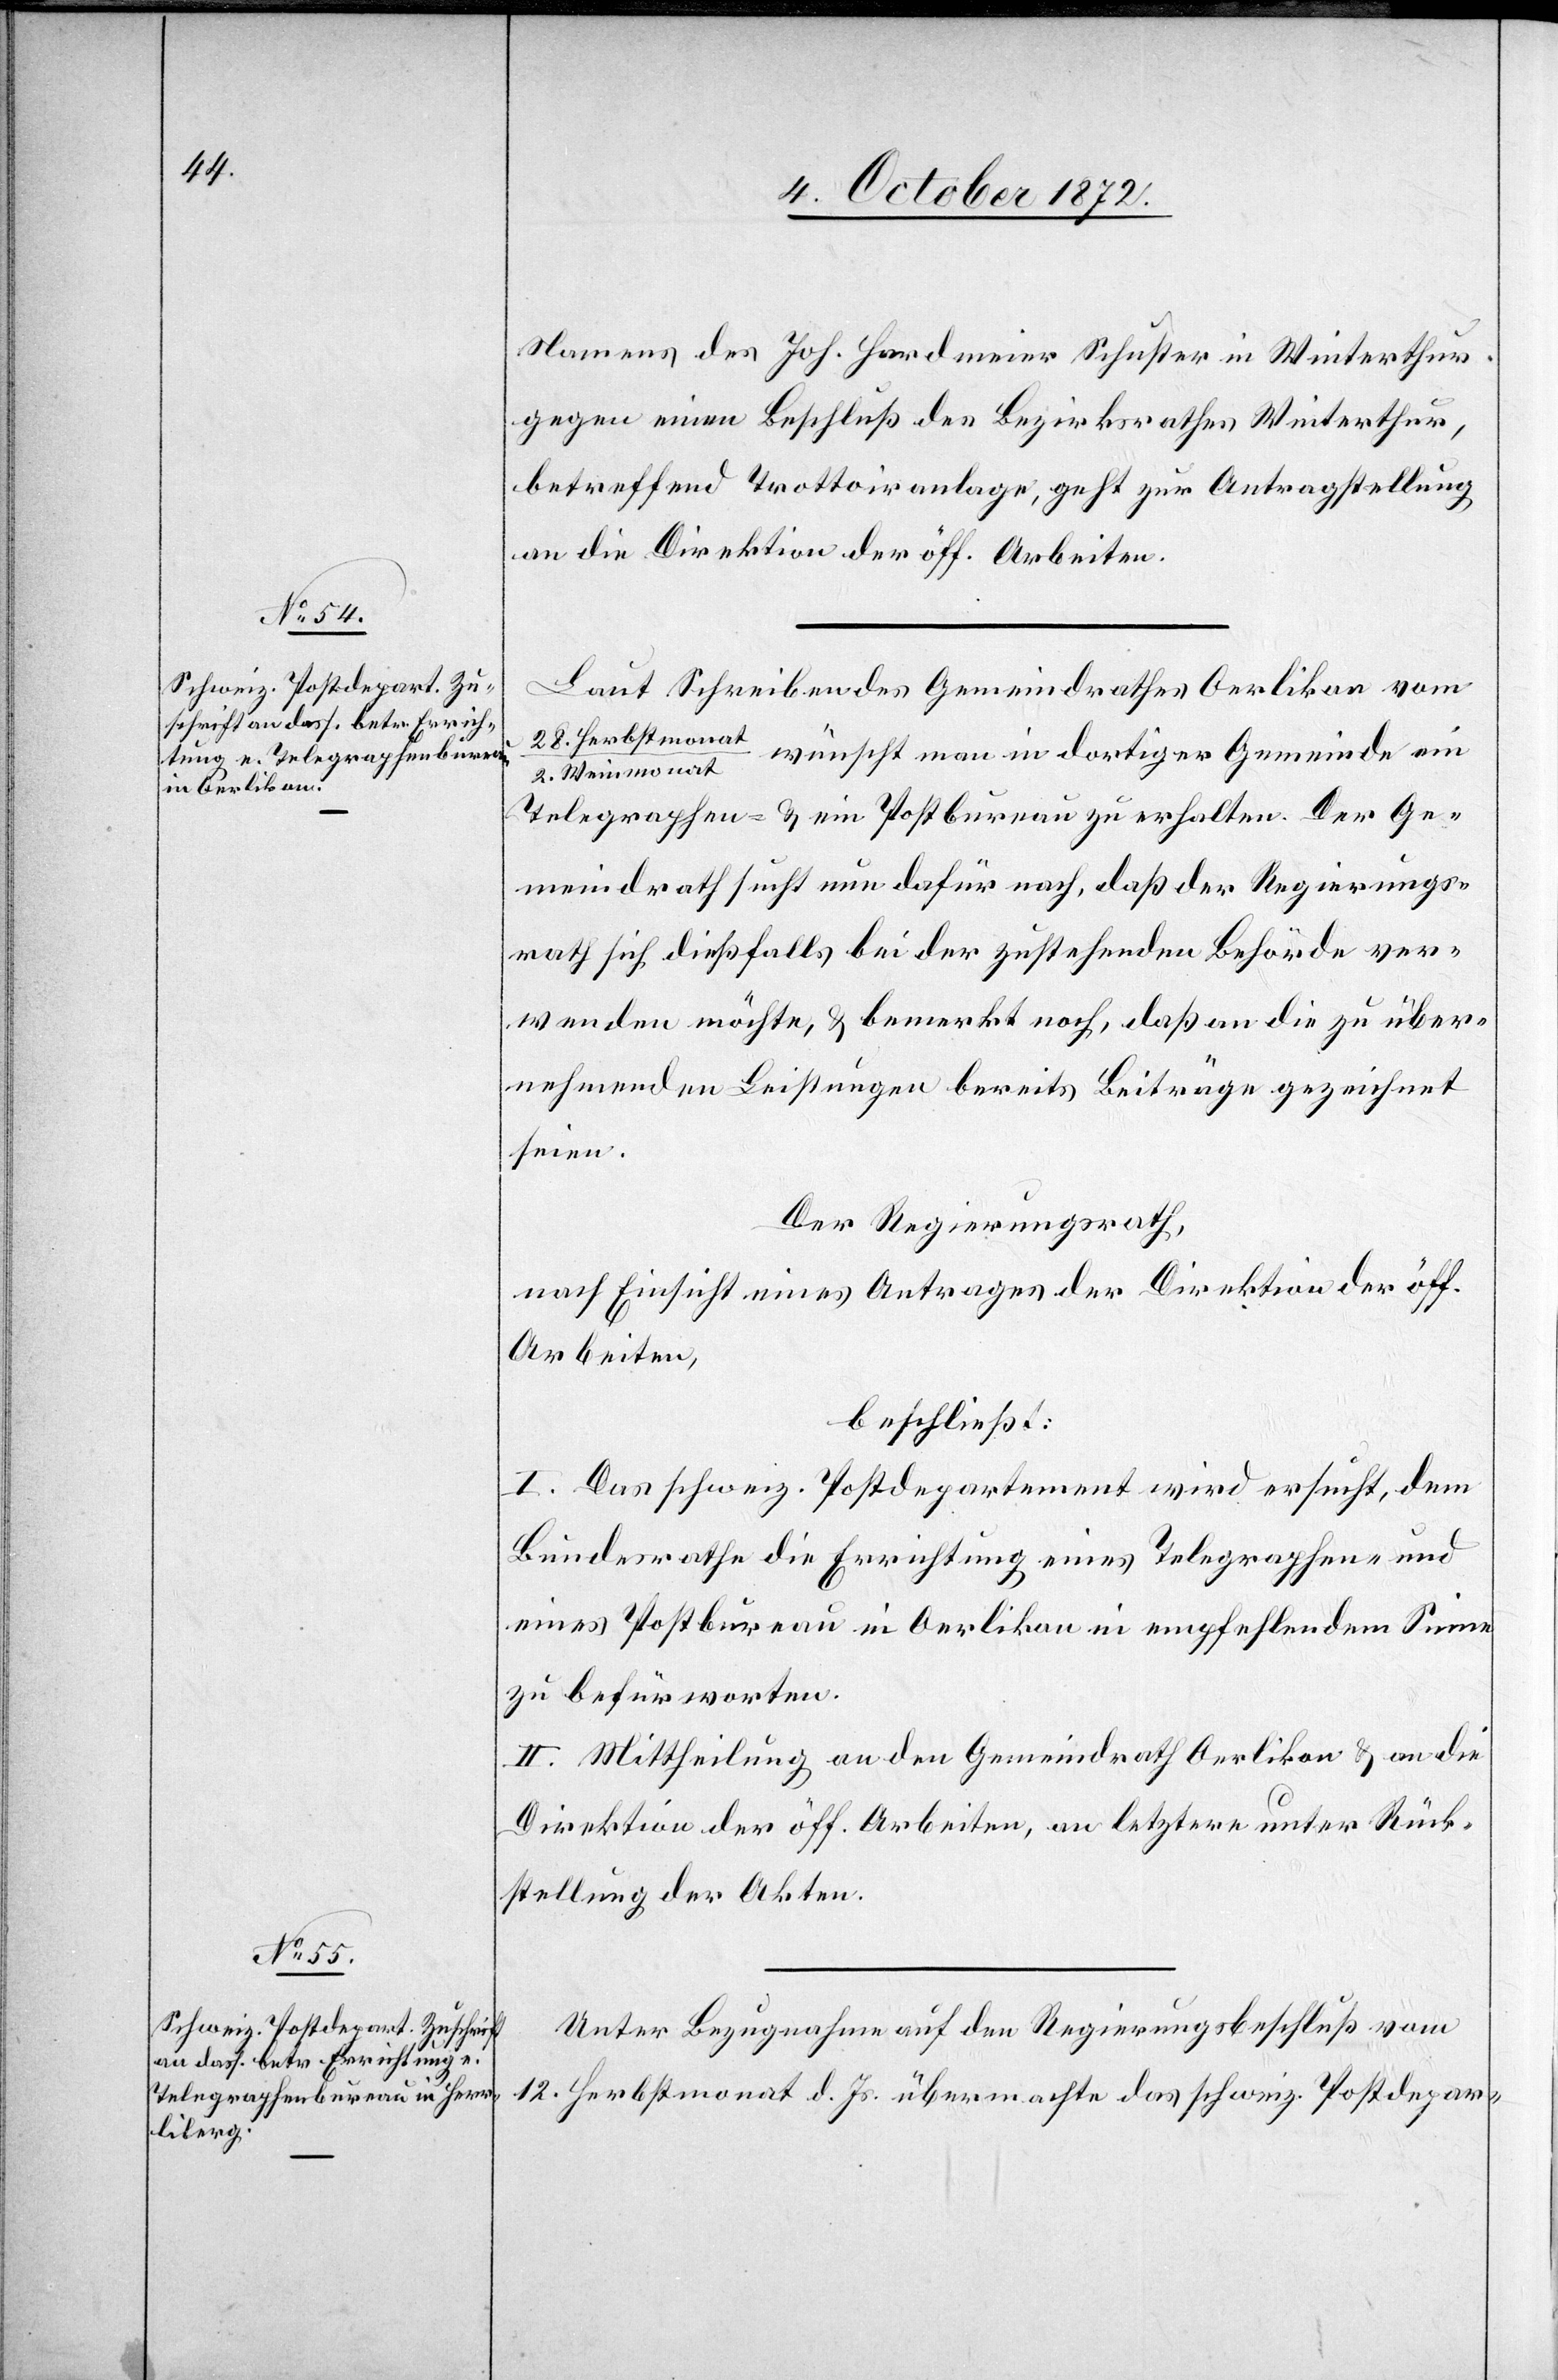
10. October 1872.]
Namens des Joh. Hardmeier Schuster in Winterthur
gegen einen Beschluß des Bezirksrathes Winterthur,
betreffend Trottoiranlage, geht zur Antragstellung
an die Direktion der öff. Arbeiten.
Laut Schreiben des Gemeindrathes Oerlikon vom
28. Herbstmonat
wünscht man in dortiger Gemeinde ein
2. Weinmonat
Telegraphen- u. ein Postbureau zu erhalten. Der Ge¬
meindrath sucht nun dafür nach, daß der Regierungs¬
rath sich dießfalls bei der zustehenden Behörde ver¬
wenden möchte, u. bemerkt noch, daß an die zu über¬
nehmenden Leistungen bereits Beiträge gezeichnet
seien.
Der Regierungsrath,
nach Einsicht eines Antrages der Direktion der öff.
Arbeiten,
beschließt:
I. Das schweiz. Postdepartement wird ersucht, dem
Bundesrathe die Errichtung eines Telegraphen- und
eines Postbureau in Oerlikon in empfehlendem Sinne
zu befürworten.
II. Mittheilung an den Gemeindrath Oerlikon u. an die
Direktion der öff. Arbeiten, an letztere unter Rück¬
sendung der Akten.
Unter Bezugnahme auf den Regierungsbeschluß vom
12. Herbstmonat d. Js. übermachte das schweiz. Postdepar-